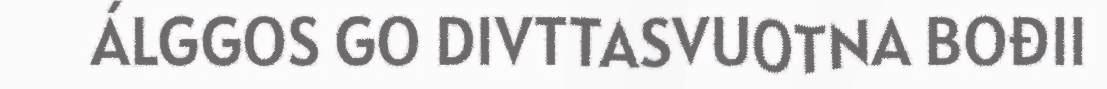
ÁLGGOS GO DIVTTASVUOTNA BOĐII